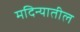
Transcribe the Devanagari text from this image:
मदिन्यातील